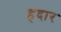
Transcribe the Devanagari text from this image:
हदार